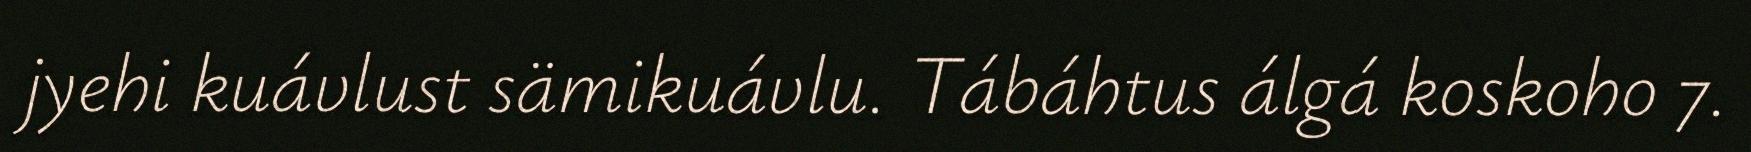
jyehi kuávlust sämikuávlu. Tábáhtus álgá koskoho 7.